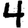
Digit: 4